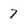
Character: 7